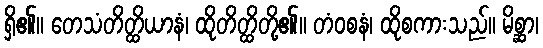
ရှိ၏။ တေသံတိတ္ထိယာနံ၊ ထိုတိတ္ထိတို့၏။ တံဝစနံ၊ ထိုစကားသည်။ မိစ္ဆာ၊